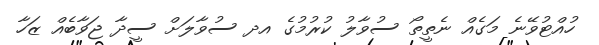
ހުއްޓުވޭނެ މަގެއް ނެތީތޯ ސުވާލު ކުރުމުގެ އދ ސުވާލަށް ސީދާ ޖަވާބެއް ޒަހާ